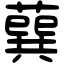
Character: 𦺈